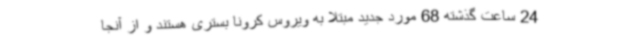
24 ساعت گذشته 68 مورد جدید مبتلا به ویروس کرونا بستری هستند و از آنجا